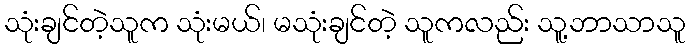
သုံးချင်တဲ့သူက သုံးမယ်၊ မသုံးချင်တဲ့ သူကလည်း သူ့ဘာသာသူ